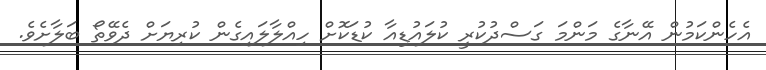
އެހެންކަމުން އޭނާގެ މަންމަ ގަސްދުކުރީ ކުލައުޑިއާ ކުޑަކޮށް ހިއްލާލައިގެން ކުރިޔަށް ދެވޭތޯ ބަލާށެވެ.